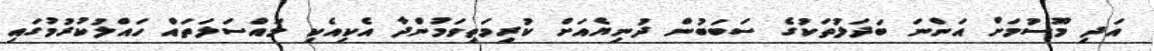
އަދި މޫސުމަށް އަންނަ ބަދަލުތަކުގެ ސަބަބުން ދުނިޔެއަށް ކުރިމަތިވަމުންދާ އެކިއެކި މައްސަލަތައް ހައްލުކުރުމުގައި